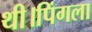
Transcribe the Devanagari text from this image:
थी।पिंगला